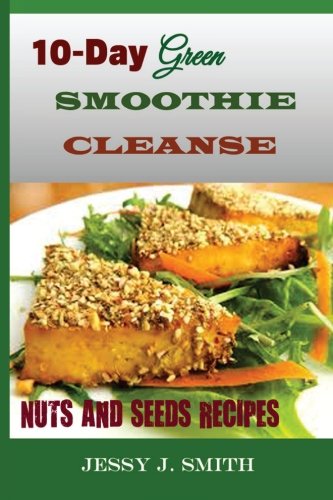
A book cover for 10-Day Green Smoothie Cleanse (Nuts and Seeds Recipes):: Fast and Easy-to-Cook Recipes: A Low Carb, Sugar, Gluten and Wheat Free: To Help You After Your 10-Day Green Smoothie Cleanse; Jessy J. Smith; Health, Fitness & Dieting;